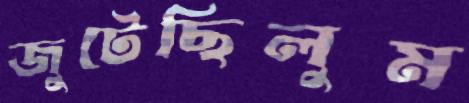
জুটেছিলুম